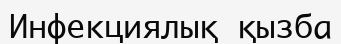
Инфекциялық қызба